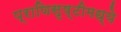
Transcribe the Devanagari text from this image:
प्राणिसृष्टीमध्ये